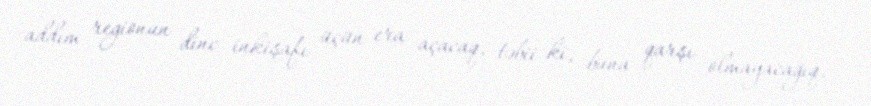
addım regionun dinc inkişafı üçün era açacaq, təbii ki, buna qarşı olmayacağıq.